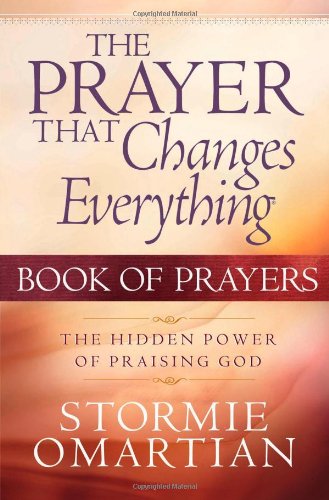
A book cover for The Prayer That Changes Everything Book of Prayers: The Hidden Power of Praising God; Stormie Omartian; Christian Books & Bibles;